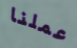
عملنا